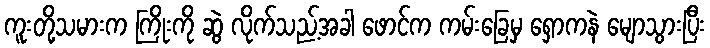
ကူးတို့သမားက ကြိုးကို ဆွဲ လိုက်သည့်အခါ ဖောင်က ကမ်းခြေမှ ရှောကနဲ မျောသွားပြီး